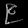
Digit: ၉